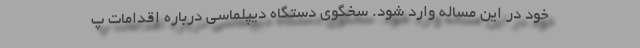
خود در این مساله وارد شود. سخگوی دستگاه دیپلماسی درباره اقدامات پ